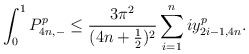
\begin{align*} \int_0^1 P_{4n,-}^p \leq \frac{3\pi^2}{(4n+ \frac{1}{2})^2} \sum_{i=1}^{n} iy_{2i-1,4n}^p.\end{align*}